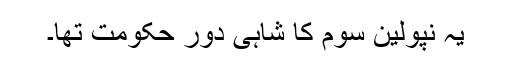
یہ نپولین سوم کا شاہی دور حکومت تھا۔